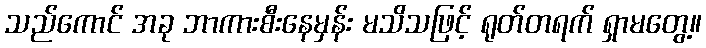
သည်ကောင် အခု ဘာကားစီးနေမှန်း မသိသဖြင့် ရုတ်တရက် ရှာမတွေ့။